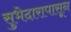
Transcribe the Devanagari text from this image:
सुभेदारापासून